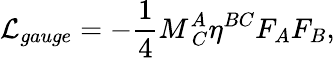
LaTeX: {\cal L}_{gauge}=-{\frac{1}{4}}M_{\ C}^{A}\eta^{BC}F_{A}F_{B},